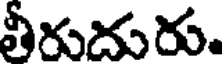
తీరుదురు.